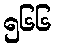
၅၆၆